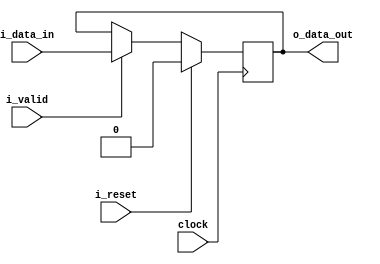
module common_fix_delay_line_w_valid
#(
    parameter                                       NB_DATA     =   1   ,
    parameter                                       DELAY       =   1
)
(
    // OUTPUTS.
    output  wire    [ NB_DATA-1:0   ]               o_data_out  ,
    // INPUTS.
    input   wire    [ NB_DATA-1:0   ]               i_data_in   ,
    input   wire                                    i_valid     ,
    input   wire                                    i_reset     ,
    input   wire                                    clock
) ;

// =================================================================================================
// QUICK INSTANCE
// =================================================================================================
/*
common_fix_delay_line_w_valid
.NB_DATA    (  ) ,
.DELAY      (  ) ,
u_common_fix_delay_line_w_valid
.o_data_out (  ) ,
.i_data_in  (  ) ,
.i_valid    (  ) ,
.i_reset    (  ) ,
.clock      (  )
*/
// END: Quick Instance.

// =================================================================================================
// INTERNAL SIGNALS.
// =================================================================================================
reg     [ NB_DATA-1:0   ]                           shift_reg   [ DELAY-1:0 ]   ;
integer                                             i ;

// =================================================================================================
// ALGORITHM
// =================================================================================================
always@( posedge clock )
begin
    if( i_reset )
        shift_reg[0]    <=  { NB_DATA{1'b0} } ;
    else if( i_valid )
        shift_reg[0]    <=  i_data_in ;
end

always@( posedge clock )
begin
    if( i_reset )
        for( i=1; i<DELAY; i=i+1 )
            shift_reg[i]    <=  1'b0 ;
    else if( i_valid )
        for( i=1; i<DELAY; i=i+1 )
            shift_reg[i]    <=  shift_reg[i-1] ;
end

assign  o_data_out  =   shift_reg[DELAY-1] ;

endmodule